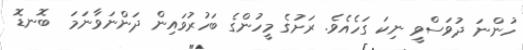
ހުންނަ ދުވަސްވީ ނިކަ ގަހެއެވެ. ރަށުގެ މީހުންގެ ބަހުރުވައިން ދަންނަވާނަމަ  ބޮނޑޮ